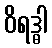
ဝိရဒ္ဓါ